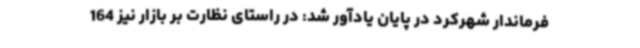
فرماندار شهرکرد در پایان یادآور شد: در راستای نظارت بر بازار نیز 164